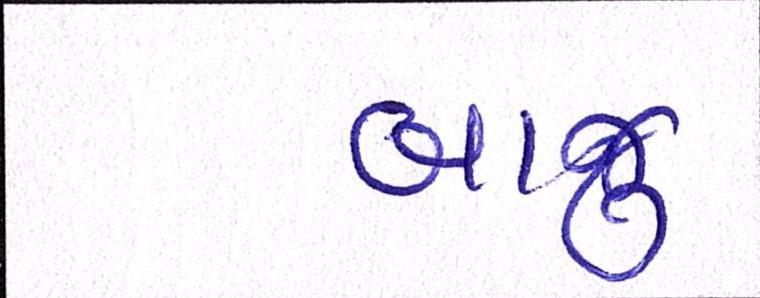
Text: બાજુ